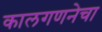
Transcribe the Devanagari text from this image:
कालगणनेचा